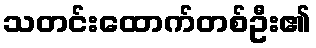
သတင်းထောက်တစ်ဦး၏